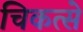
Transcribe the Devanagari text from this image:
चिकत्से